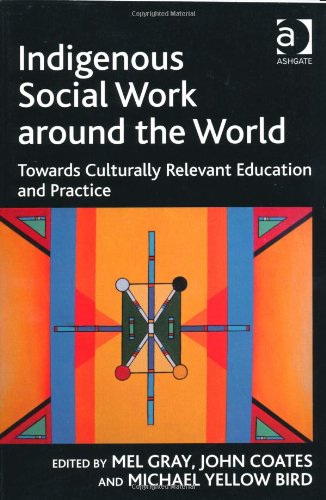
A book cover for Indigenous Social Work around the World (Contemporary Social Work Studies); Mel Gray; Law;